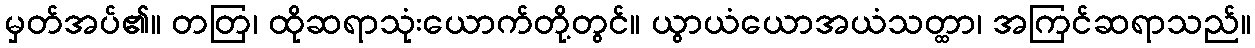
မှတ်အပ်၏။ တတြ၊ ထိုဆရာသုံးယောက်တို့တွင်။ ယွာယံယောအယံသတ္ထာ၊ အကြင်ဆရာသည်။